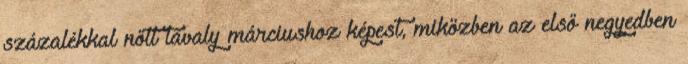
százalékkal nőtt tavaly márciushoz képest, miközben az első negyedben